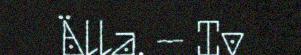
Älla. – Iv